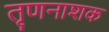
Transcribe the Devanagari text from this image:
तृणनाशक